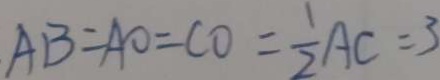
A B = A O = C O = \frac { 1 } { 2 } A C = 3